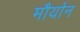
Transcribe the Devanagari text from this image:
मौर्यान